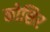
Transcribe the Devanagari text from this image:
कोसिर